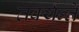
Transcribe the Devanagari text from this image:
तर्क्यन्ते